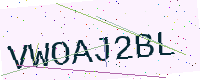
Text: VWOAJ2BL